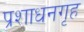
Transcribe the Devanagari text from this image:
प्रशाधनगृह